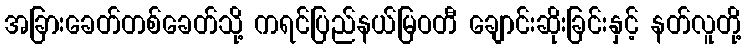
အခြားခေတ်တစ်ခေတ်သို့ ကရင်ပြည်နယ်မြဝတီ ချောင်းဆိုးခြင်းနှင့် နတ်လူတို့